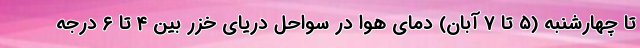
تا چهارشنبه (۵ تا ۷ آبان) دمای هوا در سواحل دریای خزر بین ۴ تا ۶ درجه